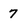
Character: 7